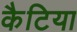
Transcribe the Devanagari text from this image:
कैटिया